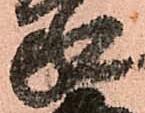
家